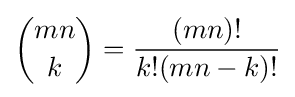
{\binom {mn}{k}}={\frac {(mn)!}{k!(mn-k)!}}